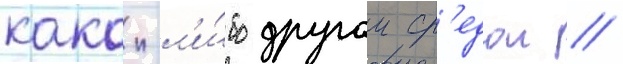
какои-л'и́бо другои ср'едои //